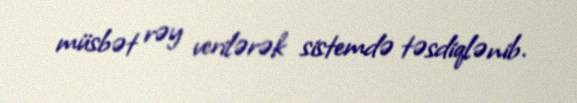
müsbət rəy verilərək sistemdə təsdiqlənib.